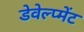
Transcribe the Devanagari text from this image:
डेवेल्प्मेंट